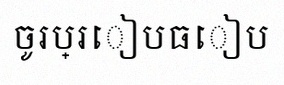
ចូរប្រៀបធៀប